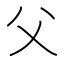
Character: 父